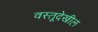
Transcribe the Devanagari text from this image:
वस्तूदेखील